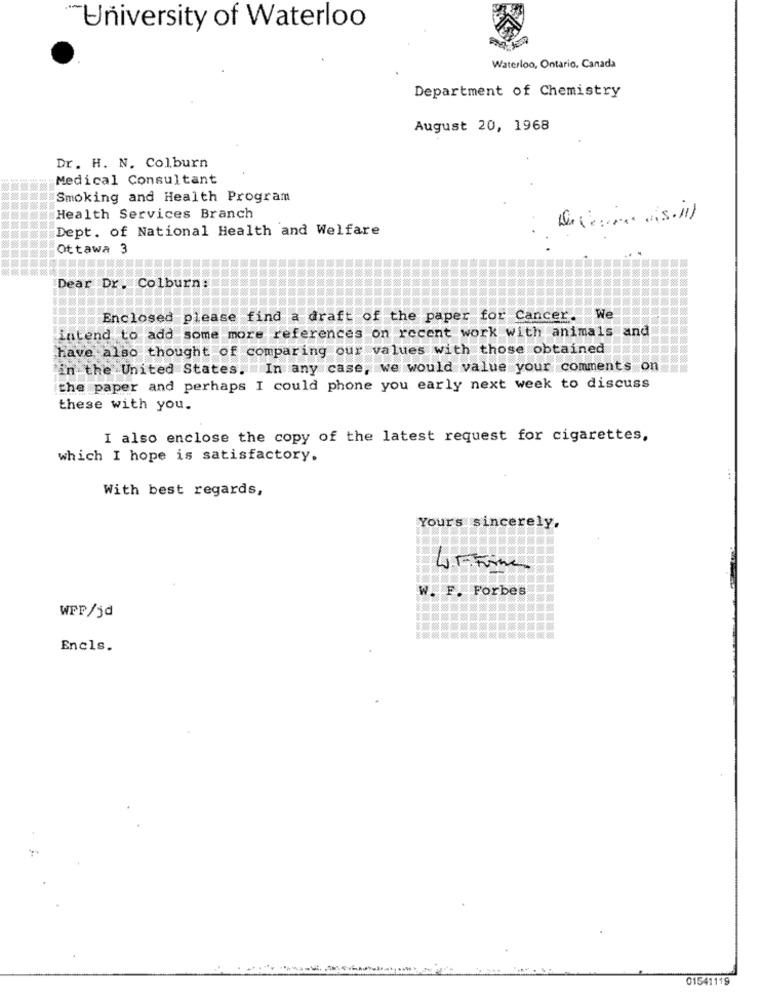
"University of Waterloo
Waterloo, Ontario, Canada
Department of Chemistry
August 20, 1968
Dr. H. N. Colburn
Medical Consultant
Smoking and Health Program
Health Services Branch
Dept. of National Health and Welfare
Ottawa 3
Dear Dr. Colburn:
Enclosed please find a draft of the paper for Cancer.
intend to add some more references on recent work with animals and
have also thought of comparing our values with those obtained
in the United States. In any case, we would value your comments on
the paper and perhaps I could phone you early next week to discuss
these with you.
I also enclose the copy of the latest request for cigarettes,
which I hope is satisfactory.
With best regards,
Yours sincerely,
W. F. Forbes
WPP/jd
Encls.
01541119